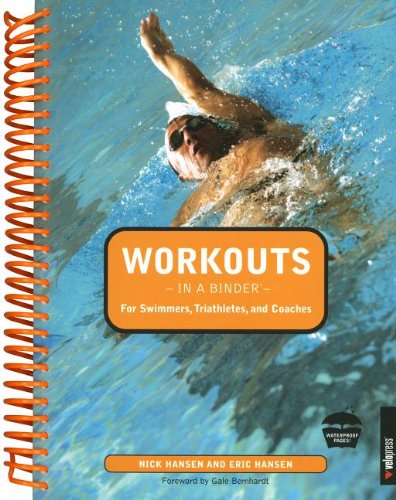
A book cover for Workouts in a Binder for Swimmers, Triathletes, and Coaches; Nick Hansen; Health, Fitness & Dieting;